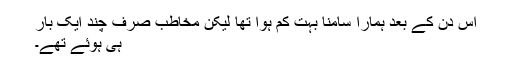
اس دن کے بعد ہمارا سامنا بہت کم ہوا تھا لیکن مخاطب صرف چند ایک بار
ہی ہوئے تھے۔